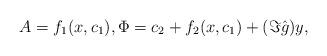
LaTeX: \begin{align*}A=f_1(x,c_1),\Phi=c_2 + f_2(x,c_1) + (\Im\hat g) y, \end{align*}